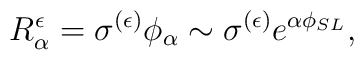
R_\alpha^{\epsilon}=\sigma^{(\epsilon)}\phi_\alpha\sim \sigma ^{(\epsilon)}e^{\alpha \phi_{SL}},